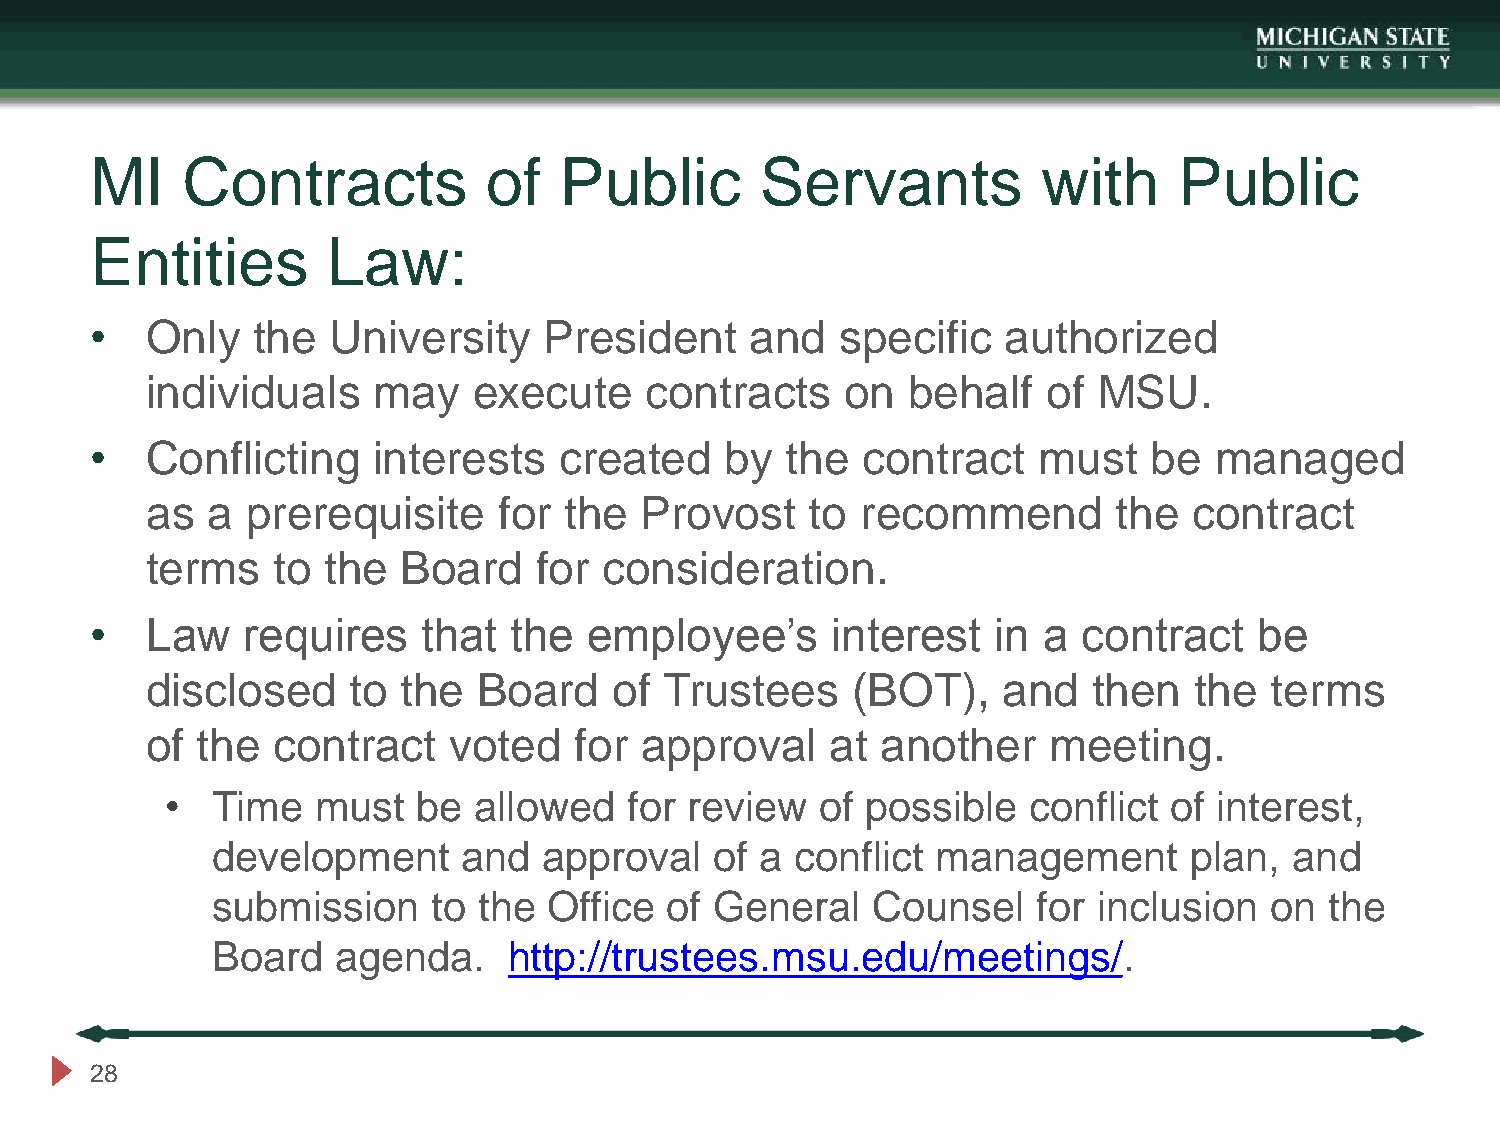
MI    Contracts           of   Public       Servants           with     Public
 Entities        Law:
 •   Only   the  University    President     and   specific   authorized
 individuals    may   execute     contracts    on  behalf   of  MSU.
 •   Conflicting    interests   created    by  the  contract    must   be  managed
 as  a prerequisite     for the  Provost     to recommend        the  contract
 terms   to  the  Board    for consideration.
 •   Law   requires    that  the  employee’s      interest   in a  contract   be
 disclosed    to  the  Board    of Trustees    (BOT),    and   then   the  terms
 of the  contract    voted   for approval     at another    meeting.
 •  Time   must   be allowed    for review  of possible   conflict  of interest,
 development      and  approval   of a  conflict management       plan,  and
 submission     to the Office  of General    Counsel    for inclusion  on  the
 Board   agenda.     http://trustees.msu.edu/meetings/.
 28